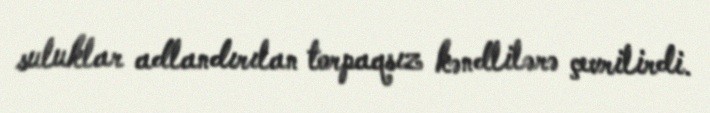
suluklar adlandırılan torpaqsız kəndlilərə çevrilirdi.